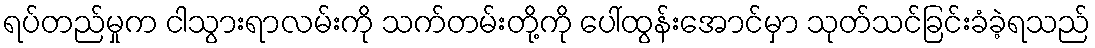
ရပ်တည်မှုက ငါသွားရာလမ်းကို သက်တမ်းတို့ကို ပေါ်ထွန်းအောင်မှာ သုတ်သင်ခြင်းခံခဲ့ရသည်